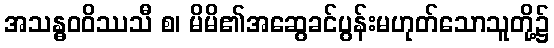
အသန္ဓဝဝိဿသီ စ၊ မိမိ၏အဆွေခင်ပွန်းမဟုတ်သောသူတို့၌